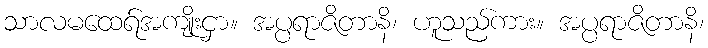
သာလမထေရ်အကျိုးငှာ။ အပ္ပရာဇိတာနိ၊ ဟူသည်ကား။ အပ္ပရာဇိတာနိ၊